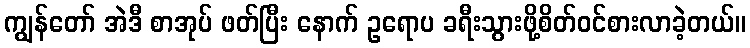
ကျွန်တော် အဲဒီ စာအုပ် ဖတ်ပြီး နောက် ဥရောပ ခရီးသွားဖို့စိတ်ဝင်စားလာခဲ့တယ်။